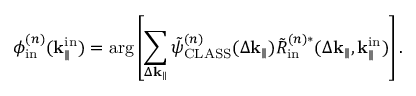
\phi _ { \mathrm { i n } } ^ { ( n ) } ( \mathbf { k } _ { \parallel } ^ { \mathrm { i n } } ) = \arg \left[ \sum _ { \Delta \mathbf { k } _ { \parallel } } \Tilde { \psi } _ { \mathrm { C L A S S } } ^ { ( n ) } ( \Delta \mathbf { k } _ { \parallel } ) \Tilde { R } _ { \mathrm { i n } } ^ { ( n ) \ast } ( \Delta \mathbf { k } _ { \parallel } , \mathbf { k } _ { \parallel } ^ { \mathrm { i n } } ) \right] .